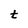
Character: t